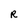
Character: R